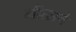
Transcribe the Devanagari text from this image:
नीत्सचे